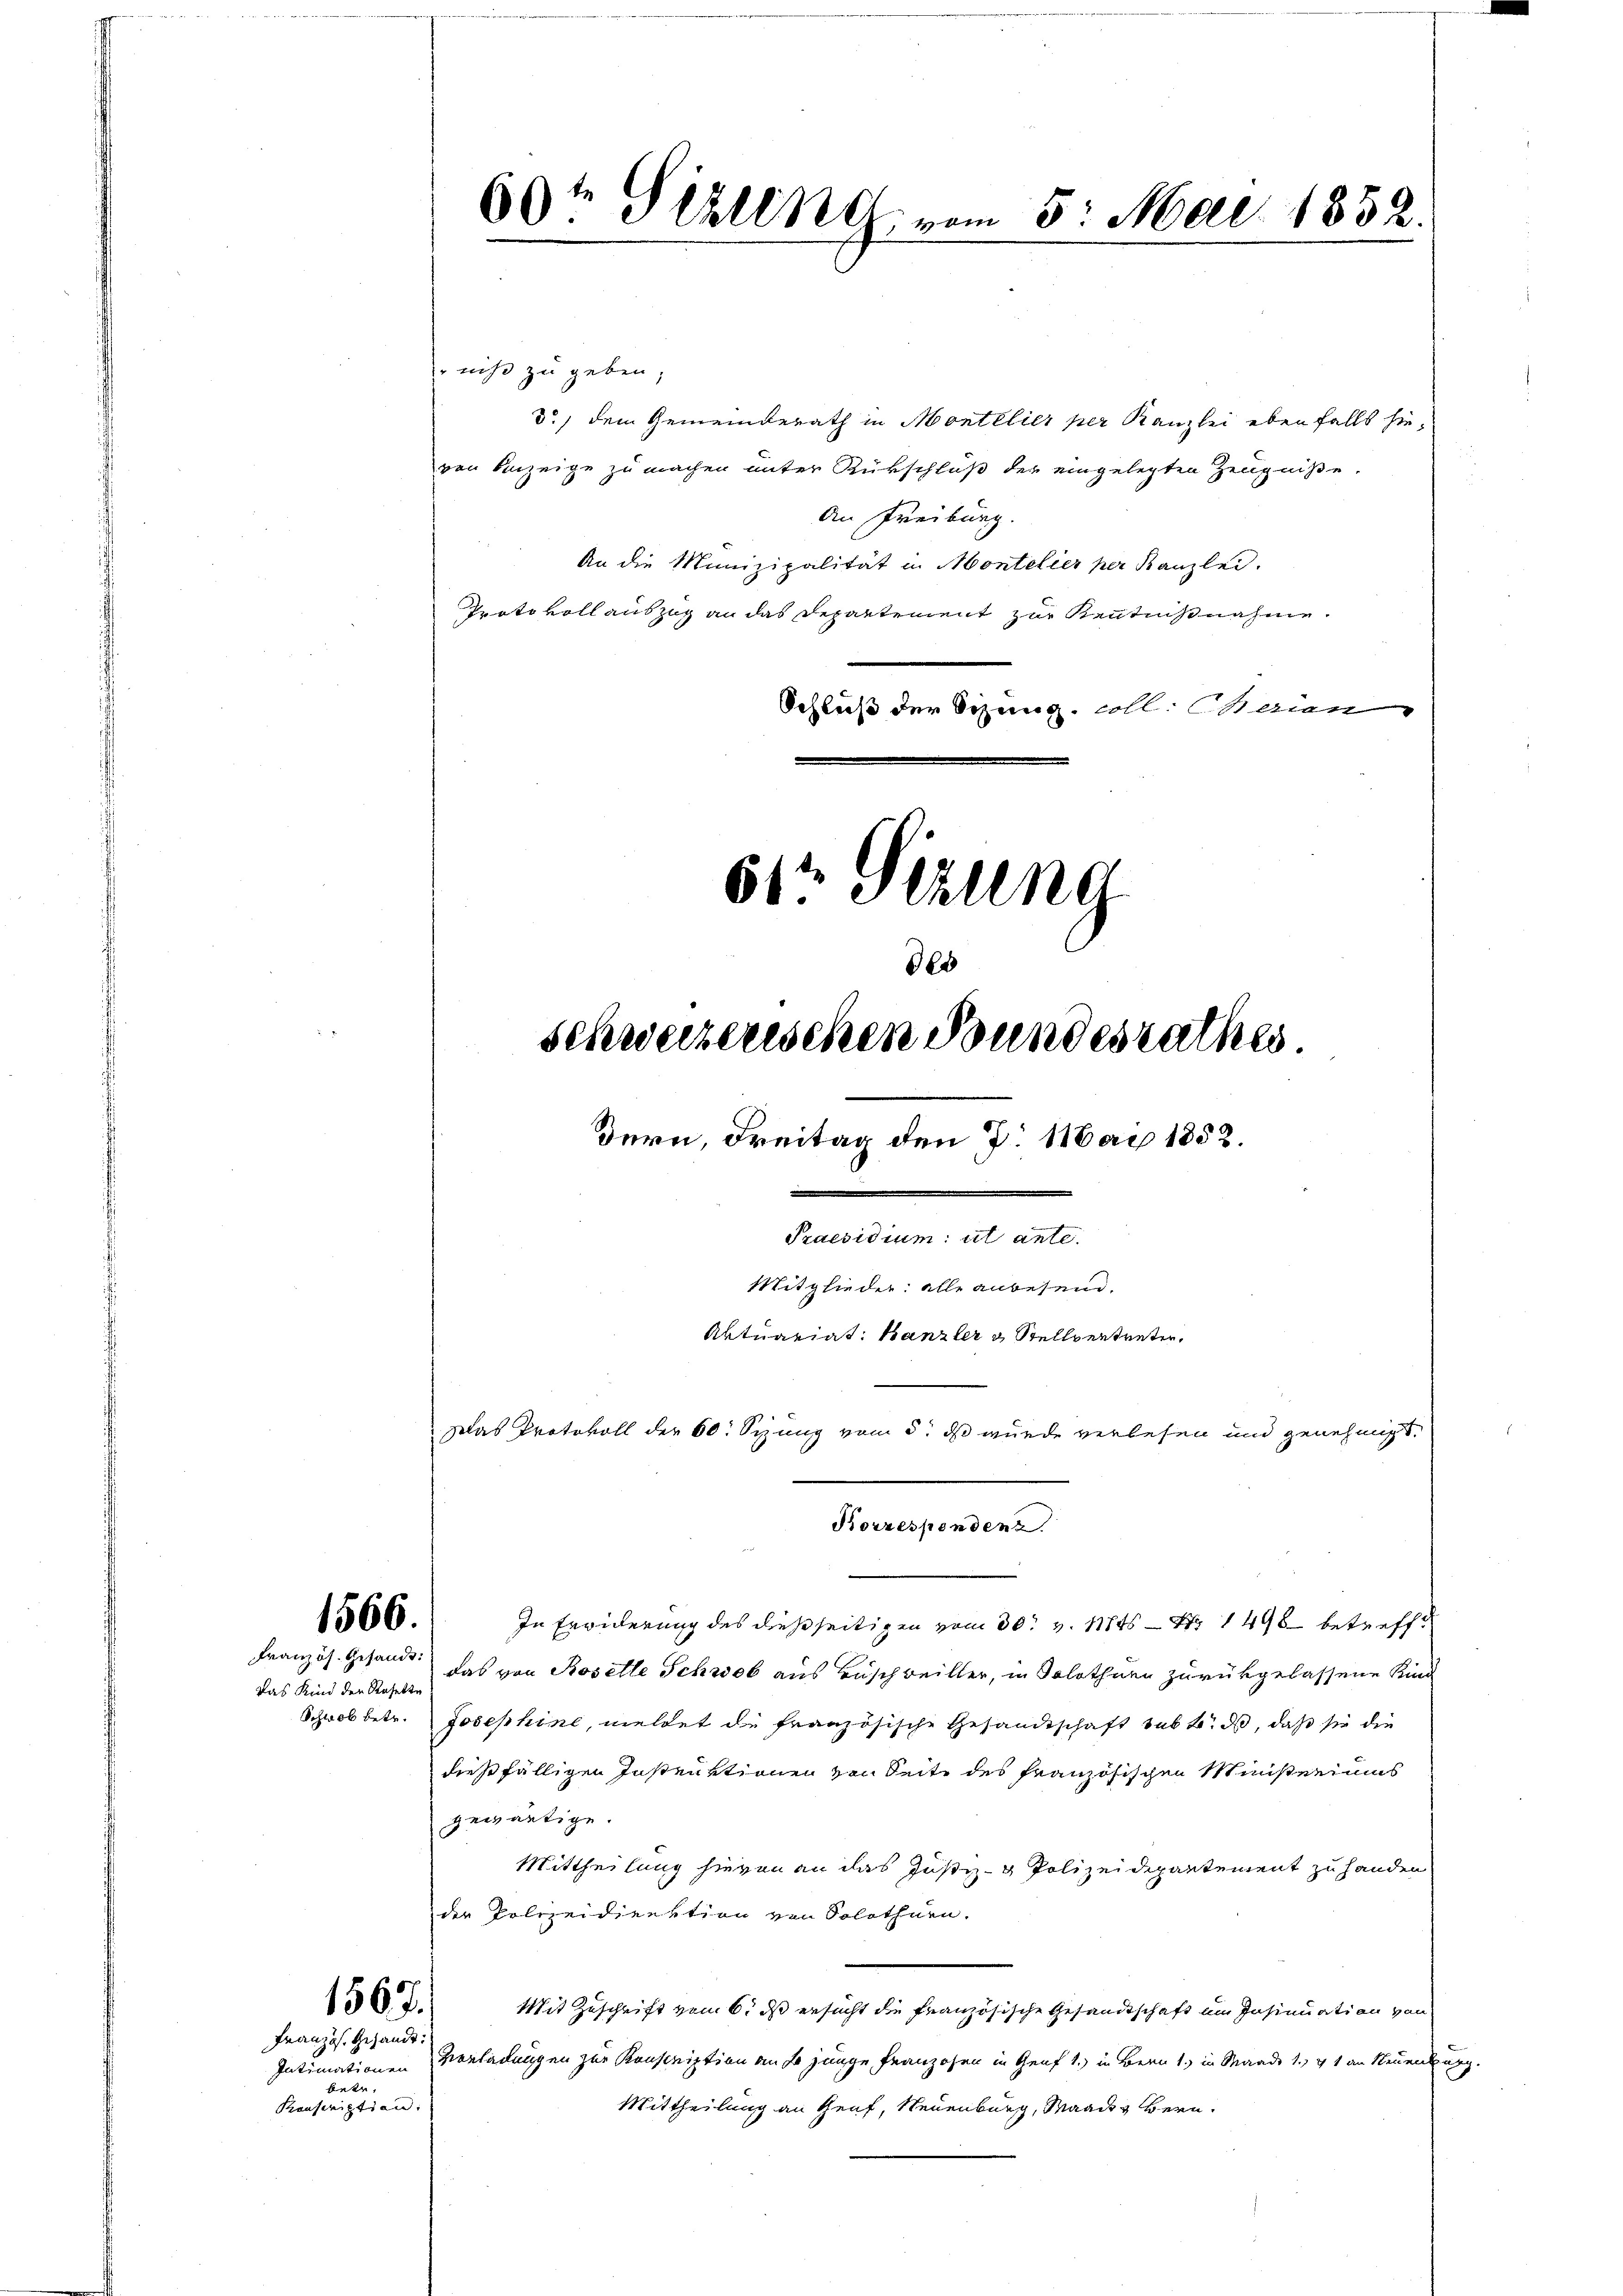
1566.
Französ. Gesandt:

Das Kind der Rosette

1567/
Französ. Gesandt:

60te Sehling vom 5. Mai 1852.

niß zu geben,
3) dem Gemeinderath in Montelier per Kanzlei ebenfalls hieven Anzeige zu machen unter Rükschluß der eingelegten Zeugniße.
An Freiburg.
An die Munizipalität in Montelier per Kanzlei.
Prato voll auszug an das Departement zur Kenntnißnahme.
Schluß der Sitzung coll. Serien
61te Stzung

bate,
Kronscription:

In Erwiderung des dießseitigen vom 30. v. 11845 — Nr 1498 betreffe
das von Baselle Schweb aus Buschweiller, in Solothurn zurükgelassene Kind
Schwabbetr. Josephine, meldet de französische Gesandtschaft sub 6. ds, daß sie die
dießfälligen Instentionen von Seite des französischen Ministeriums
gewärtige.
Mittheilung hievon an das Justiz- & Polizeidepartement zu handen
der Polizeidirektion von Solothurn.
Mit Zuschrift vom 6. ds ersucht die französische Gesandtschaft um Insinuation von
Intimationen Vorladungen zur Konscription an fr junge Franzosen in Genf 1. in Bern 1) in Maad 1. 71 an Neuenburg.
Mittheilung an Genf, Neuenburg, Waadt, Bern,

schweizerischen Bundesrathes.
Dern, Freitag den 7. Mai 1852.
Praesidium ut ante.
Mitglieder: alle anbesein.
Aktuariat: Kanzler & Stellvertreter,
las Protokoll der 60. Syzung vom 5. ds wurde verlesen und genehmigt.

des

Korrespondenz.